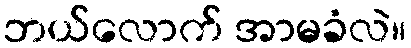
ဘယ်လောက် အာမခံလဲ။